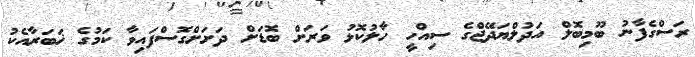
ރަސްގެފާނު ބޫމިބޮލް އަދުލްޔަދޭޖްގެ ސިއްހީ ހާލުކޮޅު ވަރަށް ބޮޑަށް ދަށަށްގޮސްފައިވާ ކަމުގެ ޚަބަރާއެކު